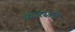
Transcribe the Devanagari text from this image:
काट्यांचे